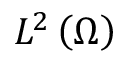
L ^ { 2 } \left( { \Omega } \right)